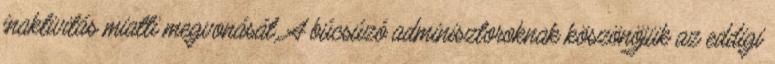
inaktivitás miatti megvonását. A búcsúzó adminisztoroknak köszönöjük az eddigi